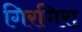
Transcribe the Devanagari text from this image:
गिरगिरा